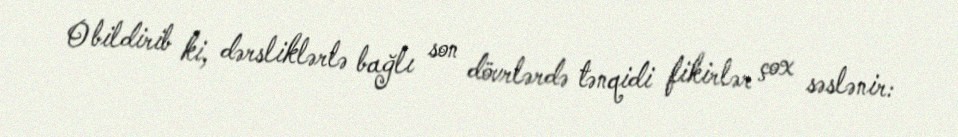
O bildirib ki, dərsliklərlə bağlı son dövrlərdə tənqidi fikirlər çox səslənir: